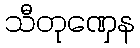
သီတုဏှေန